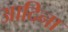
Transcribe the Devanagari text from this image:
आदिना